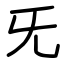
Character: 旡